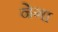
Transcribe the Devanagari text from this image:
नेगा